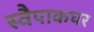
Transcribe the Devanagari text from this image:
स्वैपाकघर